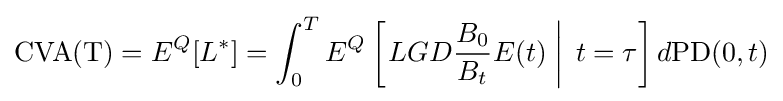
\mathrm {CVA(T)} =E^{Q}[L^{*}]=\int _{0}^{T}E^{Q}\left[\left.LGD{\frac {B_{0}}{B_{t}}}E(t)\;\right|\;t=\tau \right]d\mathrm {PD} (0,t)